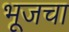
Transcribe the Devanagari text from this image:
भूजचा